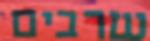
שרבים